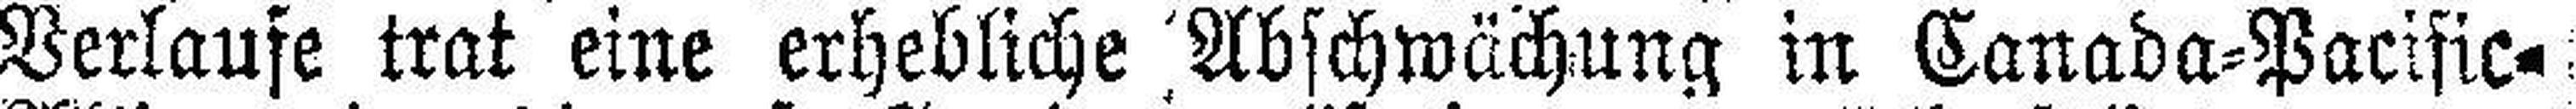
Verlaufe trat eine erhebliche Abschwüchung in Canada=Pacific=